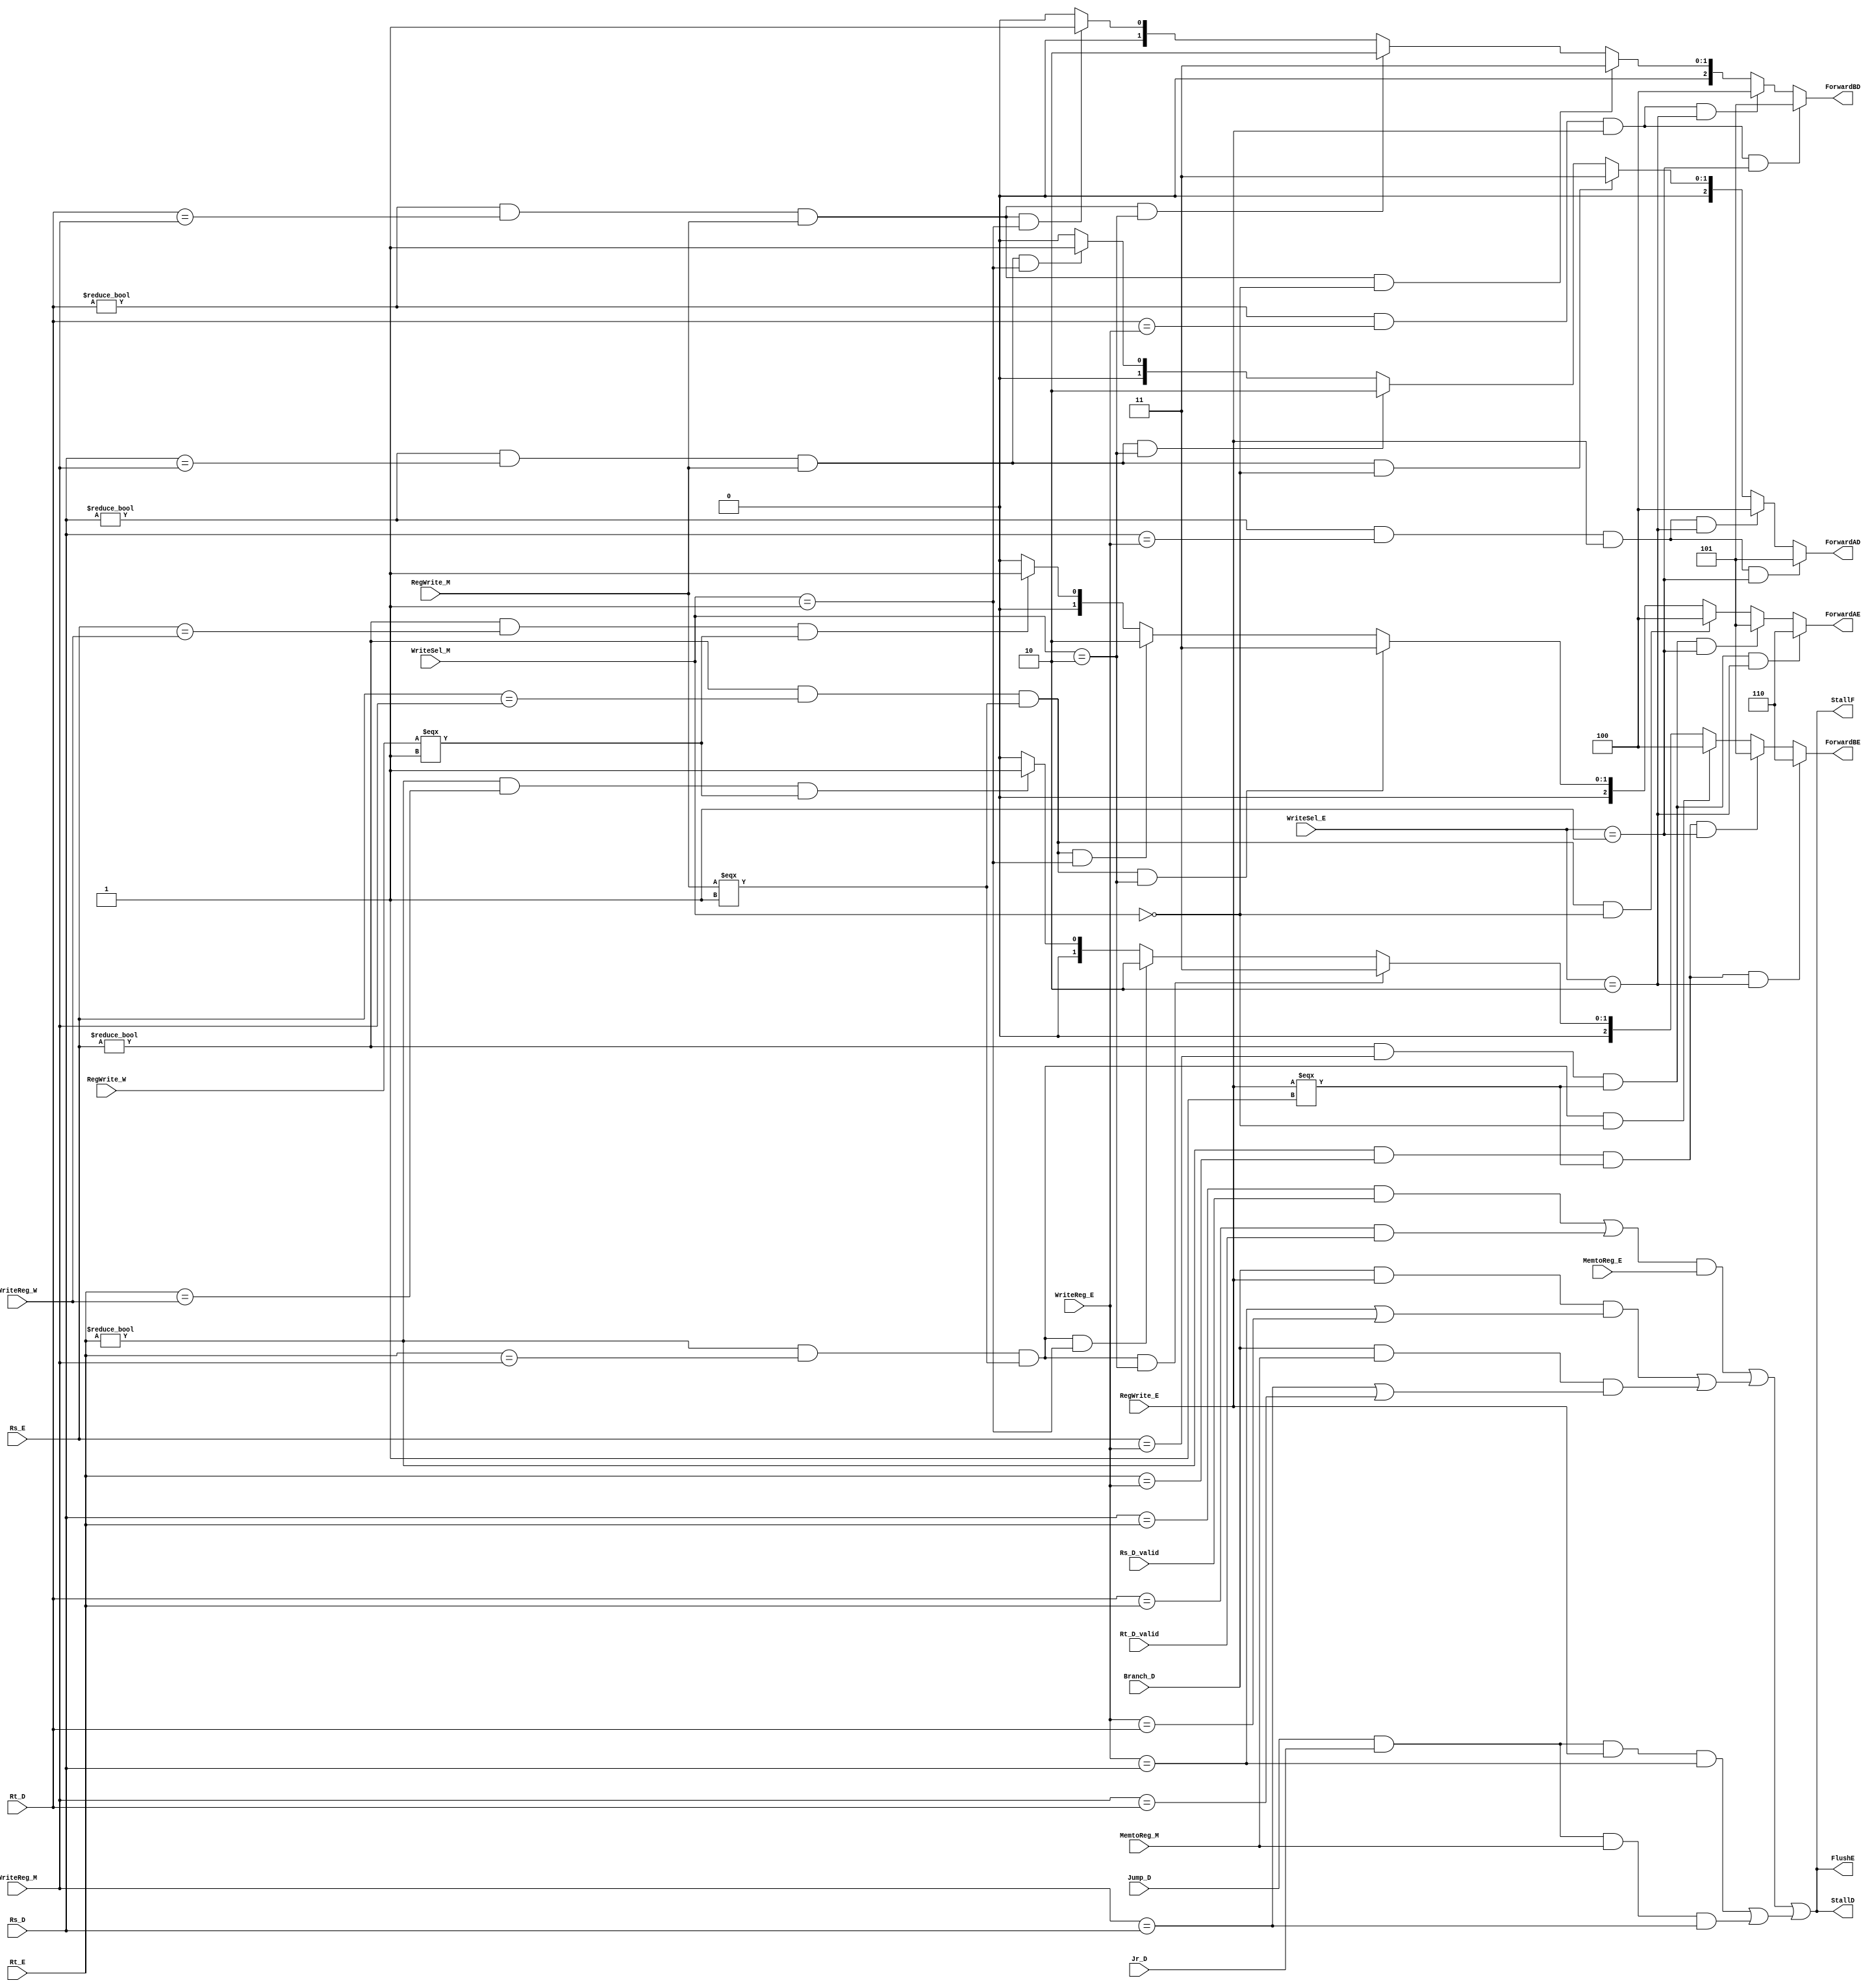
module Hazard(
    input  RegWrite_W,
    input  RegWrite_M,
    input  MemtoReg_M,
    input  RegWrite_E,
    input  MemtoReg_E,

    input [4:0] WriteReg_W,
    input [4:0] WriteReg_M,
    input [4:0] WriteReg_E,
    input [1:0] WriteSel_E,
    input [1:0] WriteSel_M,
    input [4:0] Rs_E,
    input [4:0] Rt_E,
    input [4:0] Rs_D,
    input [4:0] Rt_D,
    input Rs_D_valid,
    input Rt_D_valid,
    input Jump_D,
    input Jr_D,
    input Branch_D,

    output [2:0] ForwardAE,
    output [2:0] ForwardBE,
    output [2:0] ForwardAD,
    output [2:0] ForwardBD,
    output FlushE,
    output StallD,
    output StallF
);  
    wire lwstall;
    wire branchstall;
    wire jrstall;

    assign ForwardAE = ((Rs_E != 0) && (Rs_E == WriteReg_E) && RegWrite_E===1'b1 && WriteSel_E == 2'b10) ? 3'b110 : //EPC+8
                       ((Rs_E != 0) && (Rs_E == WriteReg_E) && RegWrite_E===1'b1 && WriteSel_E == 2'b01) ? 3'b101 : //ESignImm
                       ((Rs_E != 0) && (Rs_E == WriteReg_M) && RegWrite_M===1'b1 && WriteSel_M == 2'b00) ? 3'b100 : //MALUOut
                       ((Rs_E != 0) && (Rs_E == WriteReg_M) && RegWrite_M===1'b1 && WriteSel_M == 2'b10) ? 3'b011 : //MPC+8                   
                       ((Rs_E != 0) && (Rs_E == WriteReg_M) && RegWrite_M===1'b1 && WriteSel_M == 2'b01) ? 3'b010 : //MSignImm                   
                       ((Rs_E != 0) && (Rs_E == WriteReg_W) && RegWrite_W===1'b1 ) ? 3'b001 :   // WResult_W
                        3'b000;
    
    assign ForwardBE = ((Rt_E != 0) && (Rt_E == WriteReg_E) && RegWrite_E===1'b1 && WriteSel_E == 2'b10) ? 3'b110 : //EPC+8
                       ((Rt_E != 0) && (Rt_E == WriteReg_E) && RegWrite_E===1'b1 && WriteSel_E == 2'b01) ? 3'b101 : //ESignImm
                       ((Rt_E != 0) && (Rt_E == WriteReg_M) && RegWrite_M===1'b1 && WriteSel_M == 2'b00) ? 3'b100 : //MALUOut
                       ((Rt_E != 0) && (Rt_E == WriteReg_M) && RegWrite_M===1'b1 && WriteSel_M == 2'b10) ? 3'b011 : //MPC+8                   
                       ((Rt_E != 0) && (Rt_E == WriteReg_M) && RegWrite_M===1'b1 && WriteSel_M == 2'b01) ? 3'b010 : //MSignImm                   
                       ((Rt_E != 0) && (Rt_E == WriteReg_W) && RegWrite_W===1'b1 ) ? 3'b001 :   // WResult_W
                        3'b000;
    
    assign ForwardAD = ((Rs_D != 0) && (Rs_D == WriteReg_E) && RegWrite_E && WriteSel_E == 2'b01) ? 3'b101 : //E SignImm
                       ((Rs_D != 0) && (Rs_D == WriteReg_E) && RegWrite_E && WriteSel_E == 2'b10) ? 3'b100 : //E PC+8
                       ((Rs_D != 0) && (Rs_D == WriteReg_M) && RegWrite_M && WriteSel_M == 2'b00) ? 3'b011 : //M ALUout
                       ((Rs_D != 0) && (Rs_D == WriteReg_M) && RegWrite_M && WriteSel_M == 2'b10) ? 3'b010 : //M PC+8
                       ((Rs_D != 0) && (Rs_D == WriteReg_M) && RegWrite_M && WriteSel_M == 2'b01) ? 3'b001 : //M SignImm
                       3'b000;

    assign ForwardBD = ((Rt_D != 0) && (Rt_D == WriteReg_E) && RegWrite_E && WriteSel_E == 2'b01) ? 3'b101 : //E SignImm
                       ((Rt_D != 0) && (Rt_D == WriteReg_E) && RegWrite_E && WriteSel_E == 2'b10) ? 3'b100 : //E PC+8
                       ((Rt_D != 0) && (Rt_D == WriteReg_M) && RegWrite_M && WriteSel_M == 2'b00) ? 3'b011 : //M ALUout
                       ((Rt_D != 0) && (Rt_D == WriteReg_M) && RegWrite_M && WriteSel_M == 2'b10) ? 3'b010 : //M PC+8
                       ((Rt_D != 0) && (Rt_D == WriteReg_M) && RegWrite_M && WriteSel_M == 2'b01) ? 3'b001 : //M SignImm
                       3'b000;
 
    assign lwstall =  (((Rs_D == Rt_E) && Rs_D_valid ) || ((Rt_D == Rt_E) && Rt_D_valid)) && MemtoReg_E;

    assign branchstall = (Branch_D && RegWrite_E && (WriteReg_E == Rs_D || WriteReg_E == Rt_D)) || //beqALU
                         (Branch_D && MemtoReg_M && (WriteReg_M == Rs_D || WriteReg_M == Rt_D));   //beqlw
    
    assign jrstall = (Jump_D && Jr_D && RegWrite_E && (WriteReg_E == Rs_D)) ||  
                     (Jump_D && Jr_D && MemtoReg_M && (WriteReg_M == Rs_D)) ;

    assign StallF = lwstall || branchstall || jrstall;
    assign StallD = lwstall || branchstall || jrstall;
    assign FlushE = lwstall || branchstall || jrstall;
    
endmodule